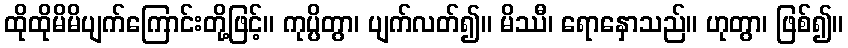
ထိုထိုမိမိပျက်ကြောင်းတို့ဖြင့်။ ကုပ္ပိတွာ၊ ပျက်လတ်၍။ မိဿီ၊ ရောနှောသည်။ ဟုတွာ၊ ဖြစ်၍။